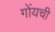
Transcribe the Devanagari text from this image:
गोंयची